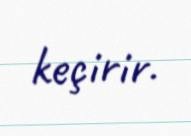
keçirir.